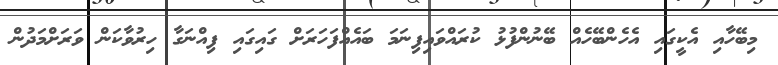
މިބޭހާއި އެކީގައި އެހެންބޭހެއް ބޭނުންފުޅު ކުރައްވައިފިނަމަ ބައެއްފަހަރަށް ގައިގައި ފިއްނަގާ ހިރުވާކަން ވަރަށްމަދުން